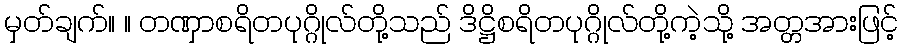
မှတ်ချက်။ ။ တဏှာစရိတပုဂ္ဂိုလ်တို့သည် ဒိဋ္ဌိစရိတပုဂ္ဂိုလ်တို့ကဲ့သို့ အတ္တအားဖြင့်